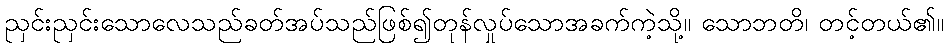
ညှင်းညှင်းသောလေသည်ခတ်အပ်သည်ဖြစ်၍တုန်လှုပ်သောအခက်ကဲ့သို့။ သောဘတိ၊ တင့်တယ်၏။